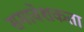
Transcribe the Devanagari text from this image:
समावेशकता